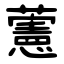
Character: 藼